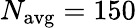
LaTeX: N_{\mathrm{avg}}=150